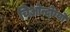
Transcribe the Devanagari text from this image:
चिओन्दोग्यो